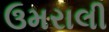
ઉમરાલી